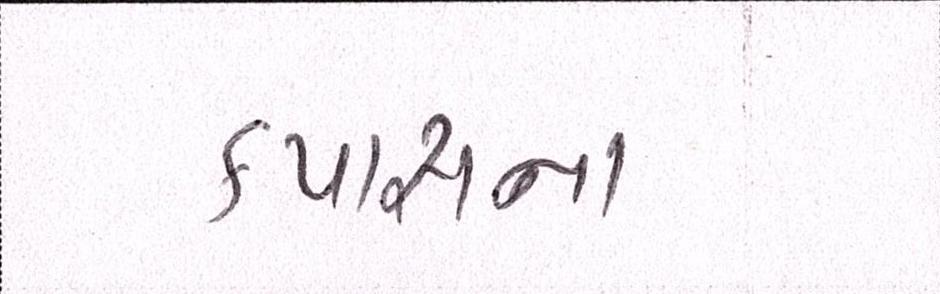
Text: કપાસના